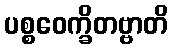
ပစ္စဝေက္ခိတဗ္ဗာတိ